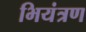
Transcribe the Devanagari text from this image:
भियंत्रण